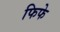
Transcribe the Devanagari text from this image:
फिफे